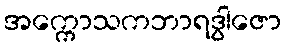
အက္ကောသကဘာရဒွါဇော